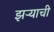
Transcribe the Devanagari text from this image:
झऱ्याची